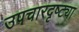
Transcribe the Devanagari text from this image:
उपचारदृष्ट्या